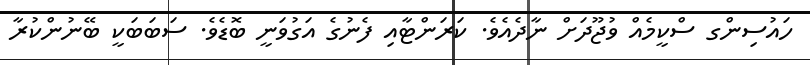
ހައުސިންގ ސްކީމެއް ވުޖޫދަށް ނާދެއެވެ. ކަރަންޓާއި ފެނުގެ އަގުވަނީ ބޮޑެވެ. ސަބަބަކީ ބޭނުންކުރާ